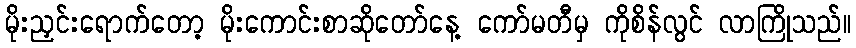
မိုးညှင်းရောက်တော့ မိုးကောင်းစာဆိုတော်နေ့ ကော်မတီမှ ကိုစိန်လွင် လာကြိုသည်။